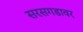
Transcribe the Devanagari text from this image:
सरसगडावर